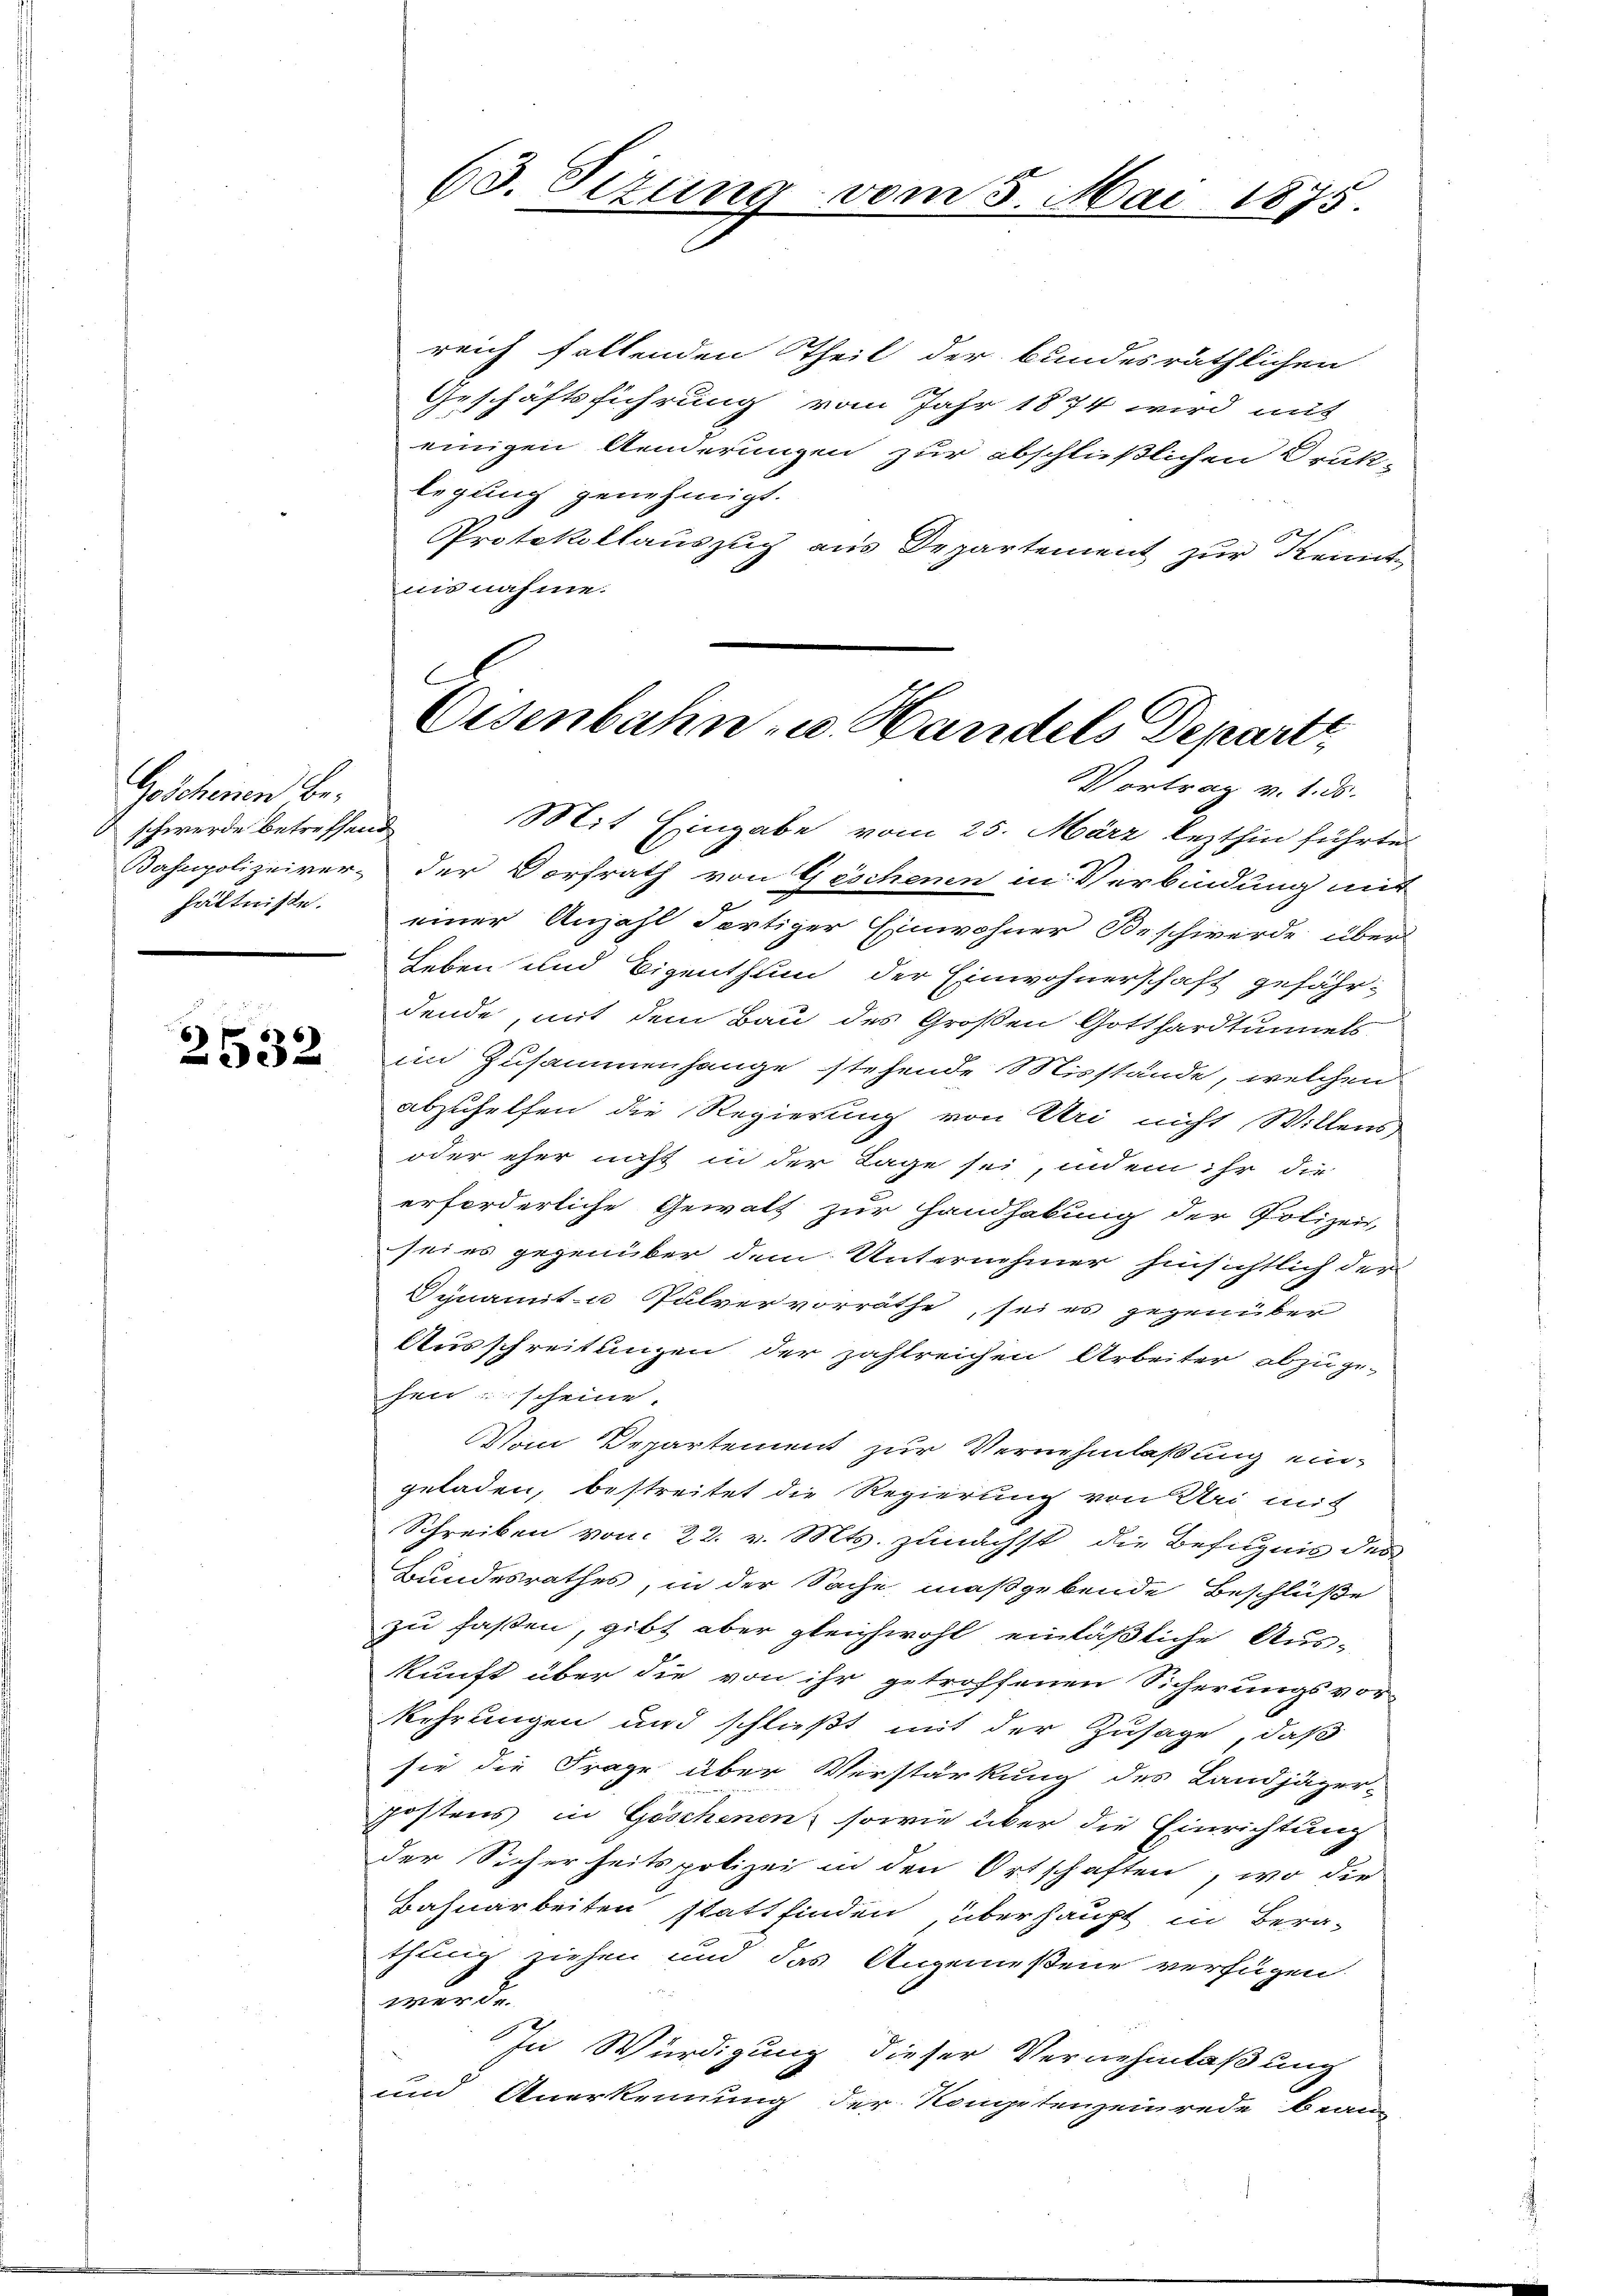
Geschenen Be¬
 schwerde betreffend
hältnisse.

2532

63. Sizung

om 5. Mai 1875.

reich fallenden Theil der bundesräthlichen
Geschäftsführung vom Jahr 1874 wird mit
einigen Aenderungen zur abschlüßlichen Druk-
legung genehmigt.
Protokollauszug aus Departement zur Kemnit
nis nahme.
C

Eisenbahn- u. Handels Departi

Vortrag v. 1. 35.
Mit Eingabe vom 25. März lezthin führte
Bahnpolizeiver- der Dorfrath von Geschenen in Verbindung mit
einer Anzahl Fertiger Einwohner Beschwerde über
Leben und Eigenthum der Einwohnerschaft gefährdende, mit dem Bau des Großen Gotthardtunnels
im Zusammenhange stehende Misstände, welchen
abzuhelfen die Regierung von Uri nicht Willens
oder eher nicht in der Lage sei, indem ihr die
erforderliche Gewalt zur Handhabung der Polizeis
sei es gegenüber dem Unternehmer hinsichtlich der
Synamit u Pulvervorräthe, sei es gegenüber
Ausschreitungen der zahlreichen Arbeiter abzuge-
hen scheine.
Vom Departement zur Vernehmlaßung eingeladen, bestreitet die Regierung von Uri mit
Schreiben vom 22. v. Mts. zunächst die Befugnis des
Bundesrathes, in der Sache maßgebende Beschlüße
zu faßen, gibt aber gleichwohl einläßliche Aus-
kunft über die von ihr getroffenen Sicherungsvor-
kehrungen und schließt mit der Zusage, daß
sie die Frage über Verstärkung des Landjäger-
postens in Geschenen, sowie über die Einrichtung
der Sicherheitspolizei in den Ortschaften, wo die
Bahnarbeiten stattfinden, überhaupt in Bera-
thung ziehen und das Angemeßene verfügen.

werde.
In Würdigung dieser Vernehmlaßung
und Anerkennung der Kompetenzeinrede bean